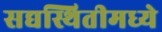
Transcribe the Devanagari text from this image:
सद्यस्थितीमध्ये